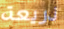
ذريعة